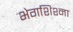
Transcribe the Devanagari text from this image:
भेगशिश्ना